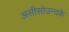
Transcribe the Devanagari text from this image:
असीसोउन्दके